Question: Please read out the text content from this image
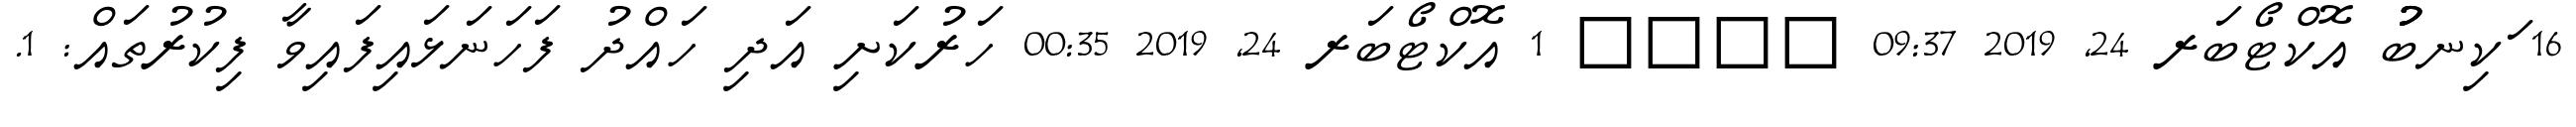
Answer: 16 ަކިނބުުު އޮކްޓޯބަރ 24, 2019 09:37 ???? 1 އޮކްޓޯބަރ 24, 2019 00:35 ހަރުކަށި އަދި ހައްދު ފަހަނަޅައިފައިވާ ފިކުރުތައް: 1.